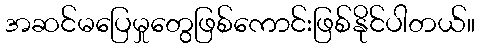
အဆင်မပြေမှုတွေဖြစ်ကောင်းဖြစ်နိုင်ပါတယ်။